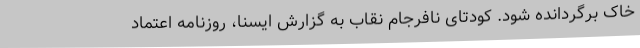
خاک برگردانده شود. کودتای نافرجام نقاب به گزارش ایسنا، روزنامه اعتماد